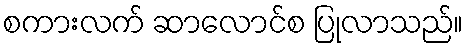
စကားလက် ဆာလောင်စ ပြုလာသည်။